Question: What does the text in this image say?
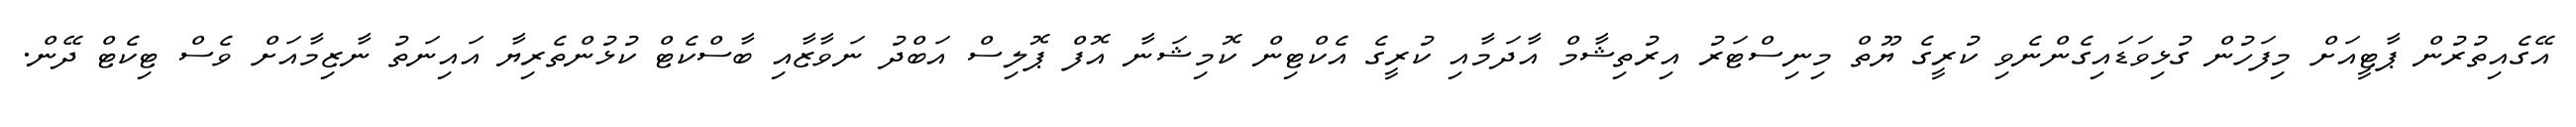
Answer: އޭގެއިތުރުން ޕާޓީއަށް މިފަހުން ގުޅިވަޑައިގެންނެވި ކުރީގެ ޔޫތް މިނިސްޓަރު އިރުތިޝާމް އާދަމާއި ކުރީގެ އެކްޓިން ކޮމިޝަނާ އޮފް ޕޮލިސް އަބްދު ނަވާޒާއި ބާސްކެޓް ކުޅުންތެރިޔާ އައިނަތު ނާޒިމާއަށް ވެސް ޓިކެޓް ދޭން.